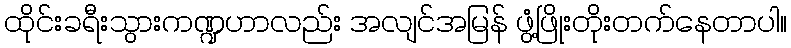
ထိုင်းခရီးသွားကဏ္ဍဟာလည်း အလျင်အမြန် ဖွံ့ဖြိုးတိုးတက်နေတာပါ။